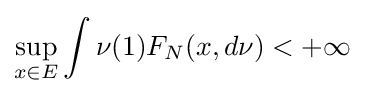
\sup \limits _{x\in E}\int \nu (1)F_{N}(x,d\nu )<+\infty